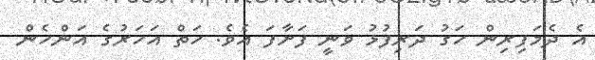
އެ ދެމަފިރިން ހަގު ދަރިފުޅު ވަނީ ފަށާފަ އެވެ. ހަތް އަހަރުގެ އަންހެން